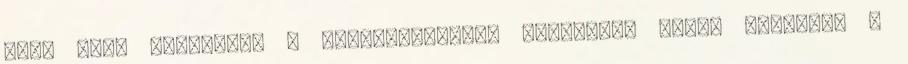
Mire lesz szükséged a szappanalkotás kezdetén? Mivel rengeteg a